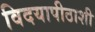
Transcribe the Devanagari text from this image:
विदयापीठाशी